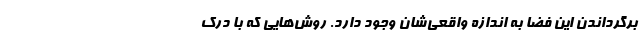
برگرداندن این فضا به اندازه واقعی‌شان وجود دارد. روش‌هایی که با درک